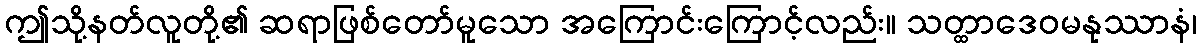
ဤသို့နတ်လူတို့၏ ဆရာဖြစ်တော်မူသော အကြောင်းကြောင့်လည်း။ သတ္ထာဒေဝမနုဿာနံ၊